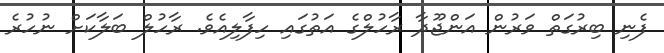
ފެނި ބިރުގަތް ވަރުން އަންޖޫދާ ރާހުލްގެ އަތުގައި ހިފާލިއެވެ. ރާހުލް ބަލާކަށް ނުހުރެ